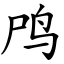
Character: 鸤